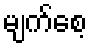
မျက်စေ့